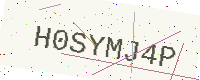
Text: H0SYMJ4P